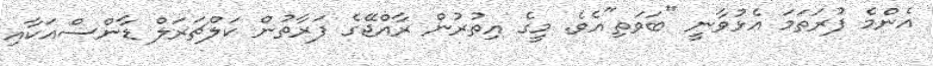
އެންމެ ފުރަތަމަ އެޅުވާނީ "ބަވަތި"އެވެ. މީގެ އިތުރުން ރާއްޖޭގެ ފަރާތުން ކަލްޗަރަލް ޑާންސްއަކާއި